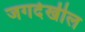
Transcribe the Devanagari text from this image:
जगदेखील